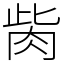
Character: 胔